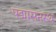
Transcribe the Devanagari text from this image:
पद्मासनस्थ